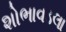
શોભાવડલા